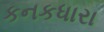
કનકધારા